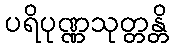
ပရိပုဏ္ဏသုတ္တန္တိ